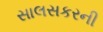
સાલસકરની